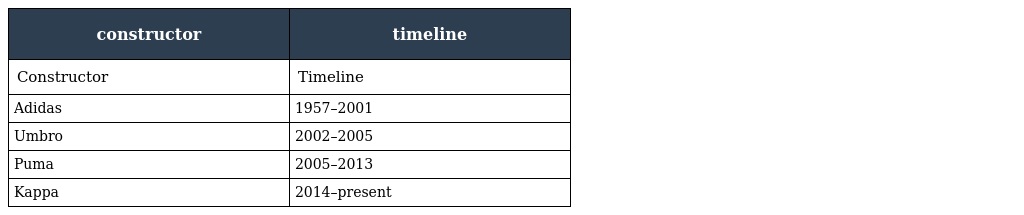
| constructor | timeline |
 | --- | --- |
 | Constructor | Timeline |
 | Adidas | 1957–2001 |
 | Umbro | 2002–2005 |
 | Puma | 2005–2013 |
 | Kappa | 2014–present |